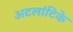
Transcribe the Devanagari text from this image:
अटलांटिके